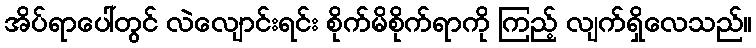
အိပ်ရာပေါ်တွင် လဲလျောင်းရင်း စိုက်မိစိုက်ရာကို ကြည့် လျက်ရှိလေသည်။